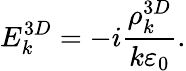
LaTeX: E_{k}^{3D}=-i\frac{\rho_{k}^{3D}}{k\varepsilon_{0}}.